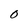
Character: 0